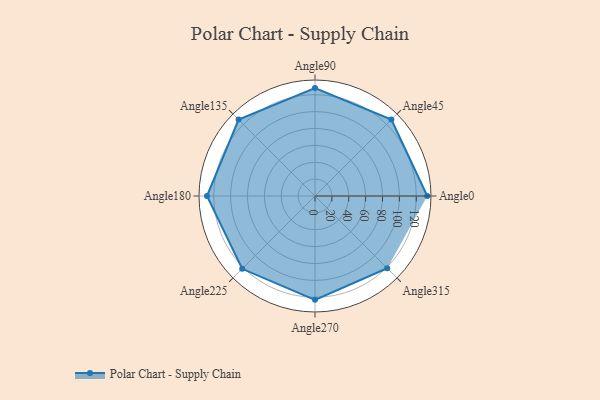
{"axis": {"x": "Angle", "y": "Radius"}, "legend": [""], "data": [{"x": "Angle0", "y": 133.0, "type": ""}, {"x": "Angle45", "y": 128.0, "type": ""}, {"x": "Angle90", "y": 128.0, "type": ""}, {"x": "Angle135", "y": 128.0, "type": ""}, {"x": "Angle180", "y": 128.0, "type": ""}, {"x": "Angle225", "y": 122.0, "type": ""}, {"x": "Angle270", "y": 123.0, "type": ""}, {"x": "Angle315", "y": 121.0, "type": ""}]}